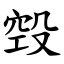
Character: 㲁